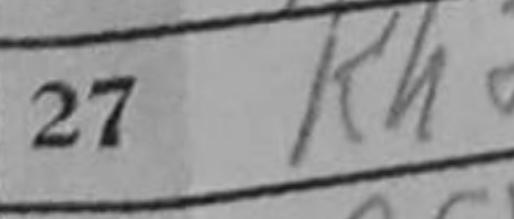
Transcription: Rf1